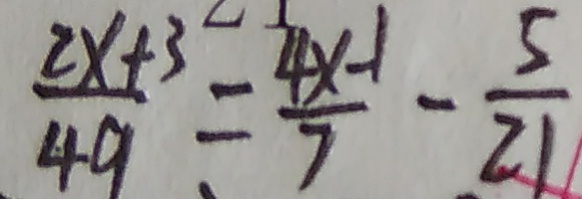
\frac { 2 x + 3 } { 4 9 } = \frac { 4 x - 1 } { 7 } - \frac { 5 } { 2 1 }